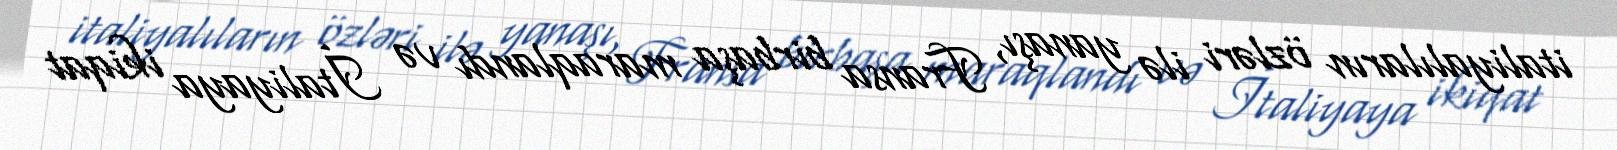
italiyalıların özləri ilə yanaşı, Fransa birbaşa maraqlandı və İtaliyaya ikiqat